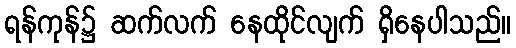
ရန်ကုန်၌ ဆက်လက် နေထိုင်လျက် ရှိနေပါသည်။